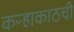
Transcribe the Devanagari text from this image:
कऱ्हाकाठची